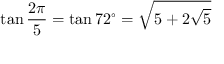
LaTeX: \tan { \frac { 2 \pi } { 5 } } = \tan 7 2 ^ { \circ } = { \sqrt { 5 + 2 { \sqrt { 5 } } } }